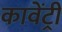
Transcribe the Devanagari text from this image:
कावेंट्री